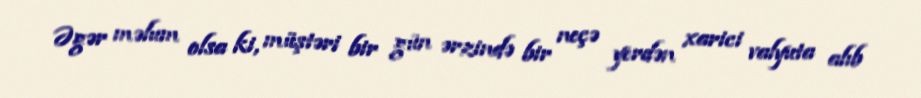
Əgər məlum olsa ki, müştəri bir gün ərzində bir neçə yerdən xarici valyuta alıb